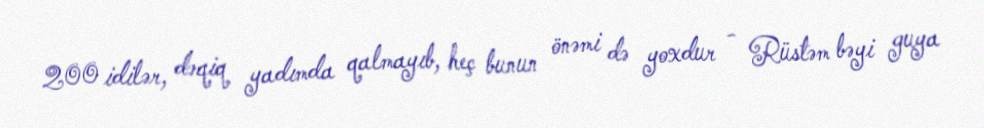
200 idilər, dəqiq yadımda qalmayıb, heç bunun önəmi də yoxdur - Rüstəm bəyi guya